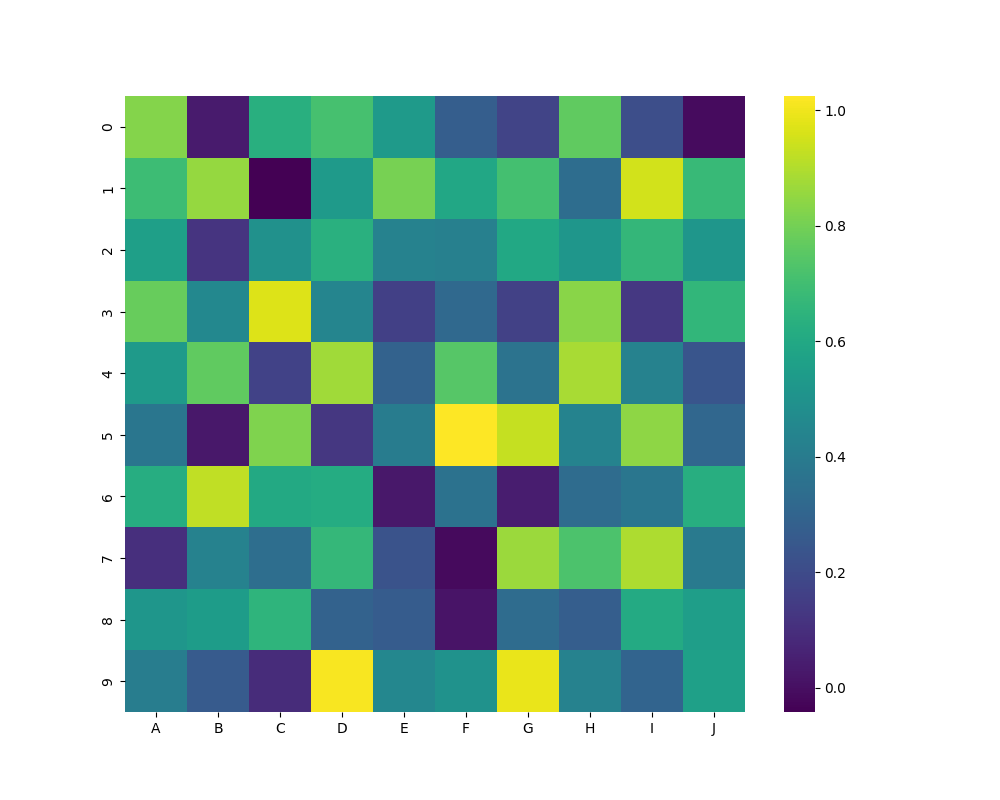
python, seaborn, heatmap, cmap='viridis', linewidths=0.0, center=none